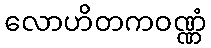
လောဟိတကဝဏ္ဏံ